Manual of the Civil Veterinary Department, Central Provinces and Berar
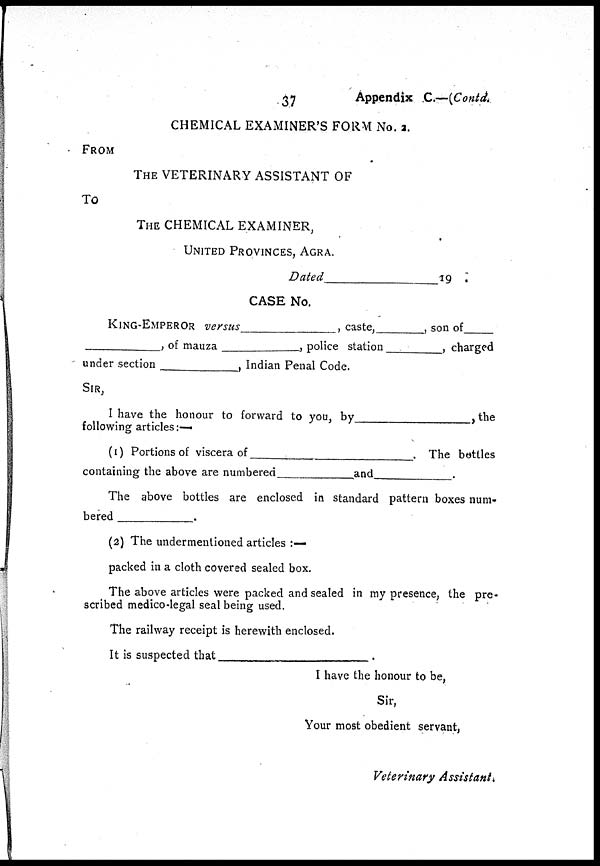
37
Appendix C.—(Contd.
CHEMICAL EXAMINER'S FORM No. 2.
FROM
THE VETERINARY ASSISTANT OF
To
THE CHEMICAL EXAMINER,
UNITED PROVINCES, AGRA.
Dated
19.
CASE No.
KING-EMPEROR versus
, caste,
, son of
, of mauza
,
police station
, charged
under section
, Indian Penal Code.
SIR,
I have the honour to forward to you, by
, the
following articles :—
(i) Portions of viscera of
. The bottles
containing the above are numbered
and
.
The above bottles are enclosed in standard pattern boxes num-
bered
.
(2) The undermentioned articles :—
packed in a cloth covered sealed box.
The above articles were packed and sealed in my presence, the pre-
scribed medico-legal seal being used.
The railway receipt is herewith enclosed.
It is suspected that
.
I have the honour to be,
Sir,
Your most obedient servant,
Veterinary Assistant.